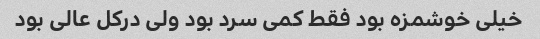
خیلی خوشمزه بود فقط کمی سرد بود ولی درکل عالی بود